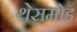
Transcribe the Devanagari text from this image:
थेसमोइ